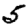
Digit: 5